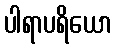
ပါရာပရိယော